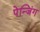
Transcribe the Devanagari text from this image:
पेन्जिंग